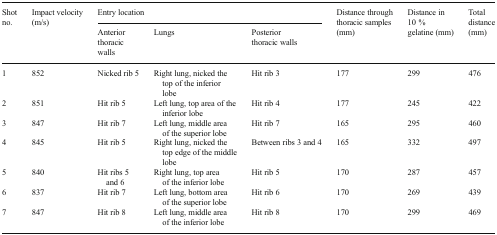
<table><thead><tr><td rowspan="2"><b>Shot no.</b></td><td rowspan="2"><b>Impact velocity (m/s)</b></td><td colspan="3"><b>Entry location</b></td><td rowspan="2"><b>Distance through thoracic samples (mm)</b></td><td rowspan="2"><b>Distance in 10 % gelatine (mm)</b></td><td rowspan="2"><b>Total distance (mm)</b></td></tr><tr><td><b>Anterior thoracic walls</b></td><td><b>Lungs</b></td><td><b>Posterior thoracic walls</b></td></tr></thead><tbody><tr><td>1</td><td>852</td><td>Nicked rib 5</td><td>Right lung, nicked the top of the inferior lobe</td><td>Hit rib 3</td><td>177</td><td>299</td><td>476</td></tr><tr><td>2</td><td>851</td><td>Hit rib 5</td><td>Left lung, top area of the inferior lobe</td><td>Hit rib 4</td><td>177</td><td>245</td><td>422</td></tr><tr><td>3</td><td>847</td><td>Hit rib 7</td><td>Left lung, middle area of the superior lobe</td><td>Hit rib 7</td><td>165</td><td>295</td><td>460</td></tr><tr><td>4</td><td>845</td><td>Hit rib 5</td><td>Right lung, nicked the top edge of the middle lobe</td><td>Between ribs 3 and 4</td><td>165</td><td>332</td><td>497</td></tr><tr><td>5</td><td>840</td><td>Hit ribs 5 and 6</td><td>Right lung, top area of the inferior lobe</td><td>Hit rib 5</td><td>170</td><td>287</td><td>457</td></tr><tr><td>6</td><td>837</td><td>Hit rib 7</td><td>Left lung, bottom area of the superior lobe</td><td>Hit rib 6</td><td>170</td><td>269</td><td>439</td></tr><tr><td>7</td><td>847</td><td>Hit rib 8</td><td>Left lung, middle area of the inferior lobe</td><td>Hit rib 8</td><td>170</td><td>299</td><td>469</td></tr></tbody></table>